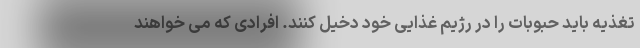
تغذیه باید حبوبات را در رژیم غذایی خود دخیل کنند. افرادی که می خواهند